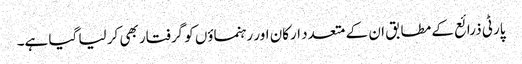
پارٹی ذرائع کے مطابق ان کے متعدد ارکان اور رہنماؤں کو گرفتار بھی کر لیا گیا ہے۔